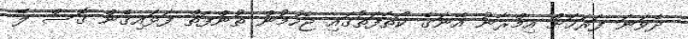
ދެވަނަ ފަރަހަށް އިމްރާނު އޭނަގެ ކޯތާފަތުގައި ޖެހުމުން ތުންފަތް ފަޅައިގެން ގޮސް ލޭ